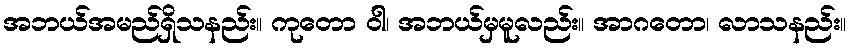
အဘယ်အမည်ရှိသနည်း။ ကုတော ဝါ၊ အဘယ်မှမူလည်း။ အာဂတော၊ လာသနည်း။